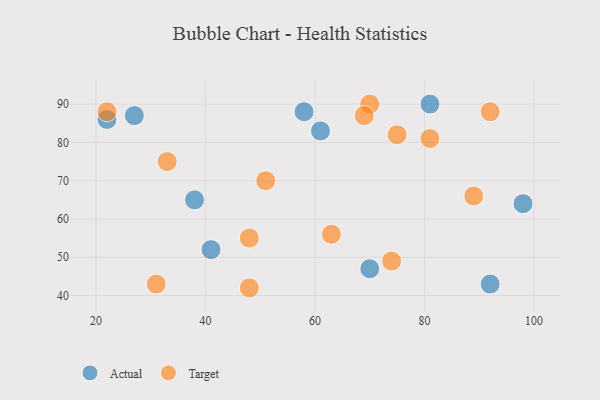
{"axis": {"x": "GDP", "y": "Life Expectancy"}, "legend": ["Actual", "Target"], "data": [{"x": "81", "y": 90, "type": "Actual"}, {"x": "22", "y": 86, "type": "Actual"}, {"x": "61", "y": 83, "type": "Actual"}, {"x": "27", "y": 87, "type": "Actual"}, {"x": "98", "y": 64, "type": "Actual"}, {"x": "92", "y": 43, "type": "Actual"}, {"x": "70", "y": 47, "type": "Actual"}, {"x": "41", "y": 52, "type": "Actual"}, {"x": "58", "y": 88, "type": "Actual"}, {"x": "38", "y": 65, "type": "Actual"}, {"x": "89", "y": 66, "type": "Target"}, {"x": "92", "y": 88, "type": "Target"}, {"x": "63", "y": 56, "type": "Target"}, {"x": "48", "y": 42, "type": "Target"}, {"x": "70", "y": 90, "type": "Target"}, {"x": "31", "y": 43, "type": "Target"}, {"x": "69", "y": 87, "type": "Target"}, {"x": "33", "y": 75, "type": "Target"}, {"x": "22", "y": 88, "type": "Target"}, {"x": "51", "y": 70, "type": "Target"}, {"x": "48", "y": 55, "type": "Target"}, {"x": "81", "y": 81, "type": "Target"}, {"x": "75", "y": 82, "type": "Target"}, {"x": "74", "y": 49, "type": "Target"}]}